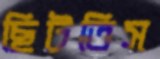
ছিটতিস